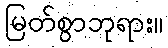
မြတ်စွာဘုရား။